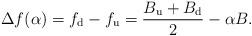
LaTeX: \begin{align*} \Delta f(\alpha) = f_{\rm{d}} -f_{\rm{u}} =\frac{B_{\rm{u}} +B_{\rm{d}} }{2} - \alpha B.\end{align*}